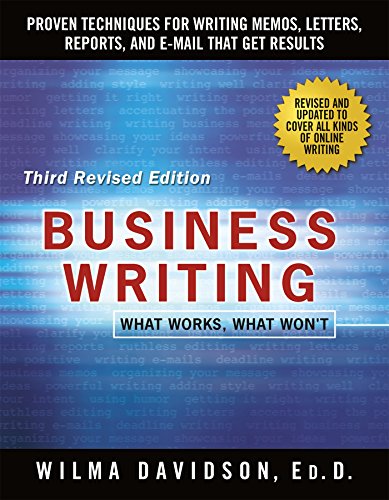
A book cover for Business Writing: What Works, What Won't; Wilma Davidson; Business & Money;